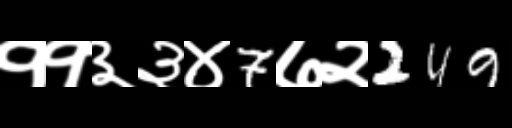
Text: ११३३४7७२249